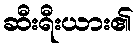
ဆီးရီးယား၏